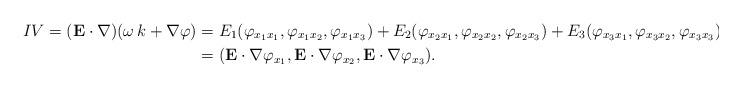
LaTeX: \begin{align*}IV=({\bf E}\cdot \nabla)(\omega\,k+\nabla \varphi)&=E_1(\varphi_{x_1x_1},\varphi_{x_1x_2},\varphi_{x_1x_3})+E_2(\varphi_{x_2x_1},\varphi_{x_2x_2},\varphi_{x_2x_3})+E_3(\varphi_{x_3x_1},\varphi_{x_3x_2},\varphi_{x_3x_3})\\&=({\bf E}\cdot \nabla \varphi_{x_1},{\bf E}\cdot \nabla \varphi_{x_2}, {\bf E}\cdot \nabla \varphi_{x_3}).\end{align*}